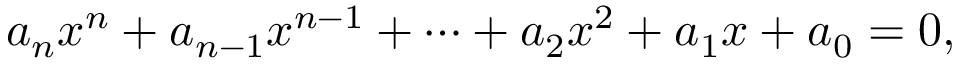
a _ { n } x ^ { n } + a _ { n - 1 } x ^ { n - 1 } + \dots + a _ { 2 } x ^ { 2 } + a _ { 1 } x + a _ { 0 } = 0 ,